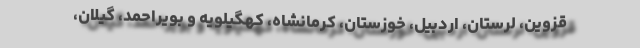
قزوین، لرستان، اردبیل، خوزستان، کرمانشاه، کهگیلویه و بویراحمد، گیلان،